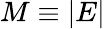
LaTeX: M\equiv|E|